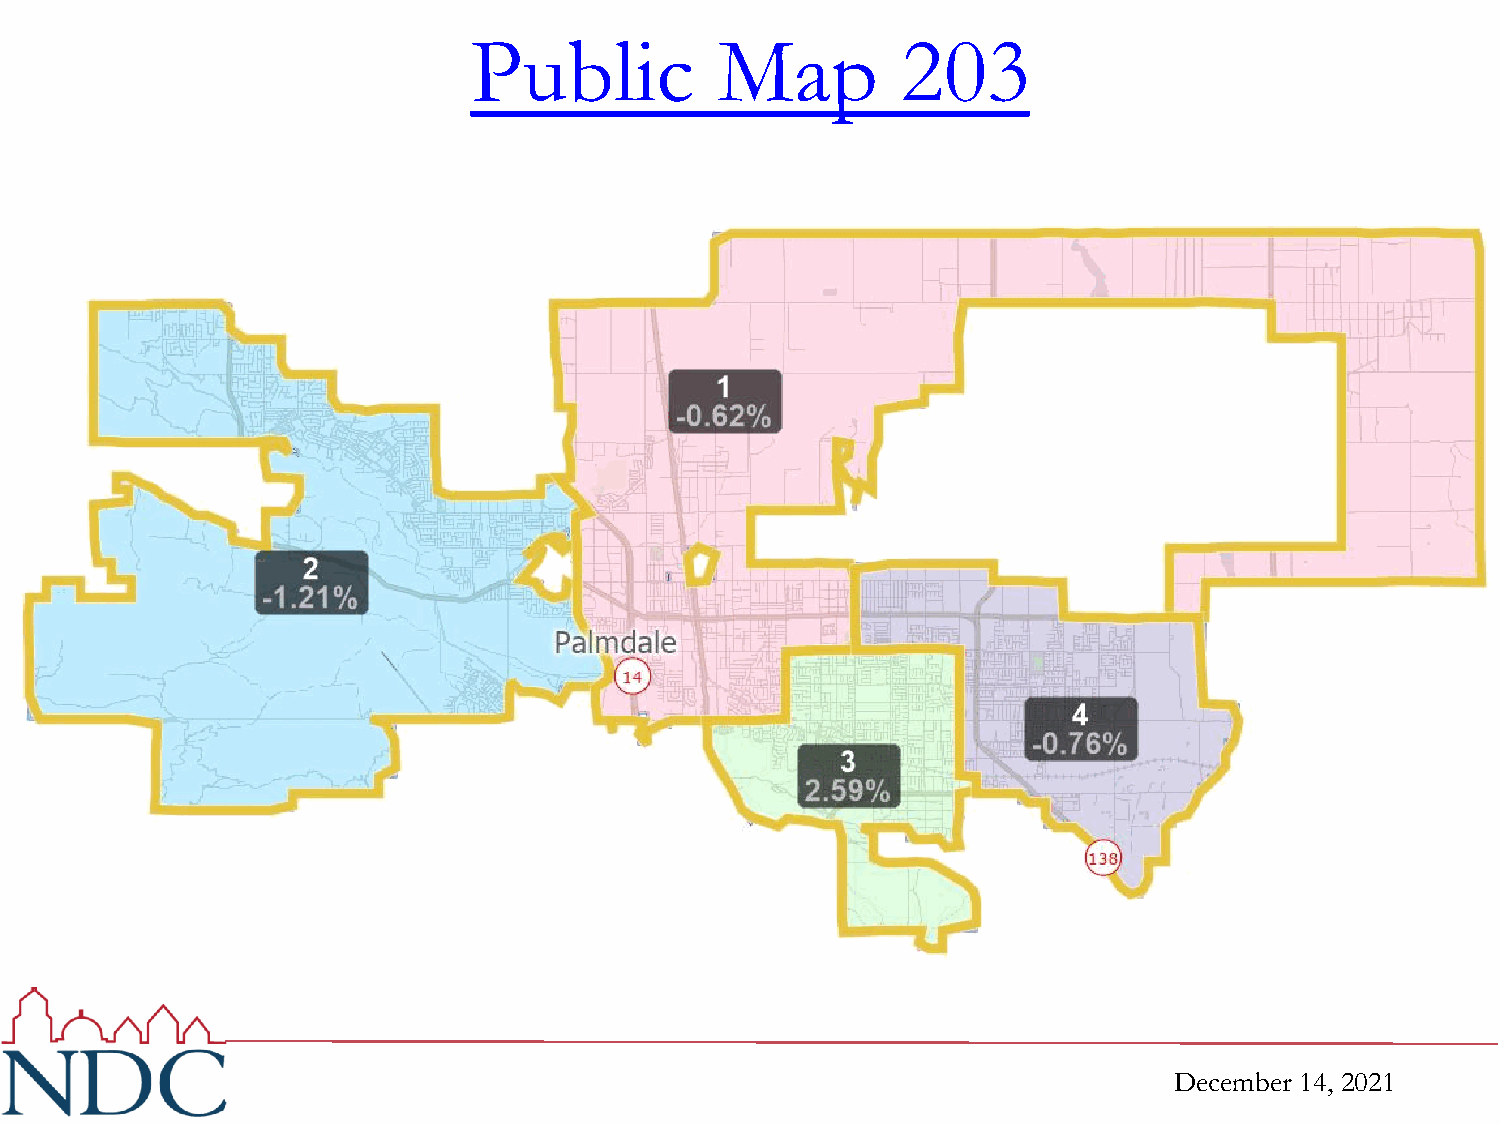
Public          Map          203
 December 14, 2021